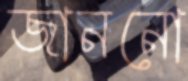
জাননো